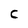
Character: C